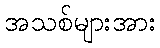
အသစ်များအား